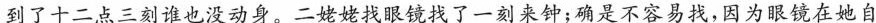
到了十二点三刻谁也没动身。二姥姥找眼镜找了一刻来钟；确是不容易找，因为眼镜在她自